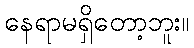
နေရာမရှိတော့ဘူး။